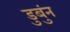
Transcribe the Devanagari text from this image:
डुबुंन